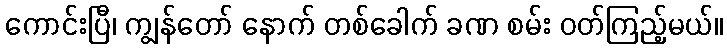
ကောင်းပြီ၊ ကျွန်တော် နောက် တစ်ခေါက် ခဏ စမ်း ဝတ်ကြည့်မယ်။